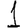
Digit: 1